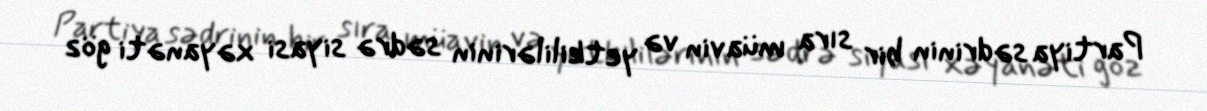
Partiya sədrinin bir sıra müavin və yetkililərinin sədrə siyasi xəyanəti göz